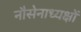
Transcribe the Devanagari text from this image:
नौसेनाध्यक्षों